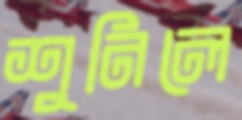
শুনিলে